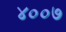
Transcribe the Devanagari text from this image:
४००७